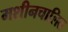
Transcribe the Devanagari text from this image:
मशीनचालित